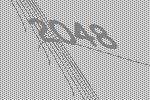
2048